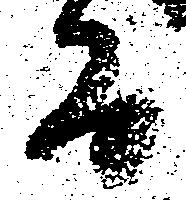
而